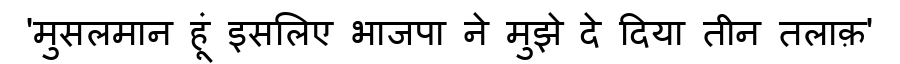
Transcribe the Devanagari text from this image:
'मुसलमान हूं इसलिए भाजपा ने मुझे दे दिया तीन तलाक़'